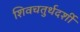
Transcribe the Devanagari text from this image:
शिवचतुर्थदर्शी